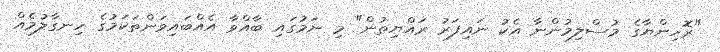
"ރޮހިންޔާގެ މުސްލިމުންނާ އެކު ނައިފަރު ރައްޔިތުން" މި ނަމުގައި ބާއްވާ އެއްބައިވަންތަކަމުގެ ހިނގާލުމެއް